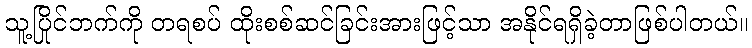
သူ့ပြိုင်ဘက်ကို တရစပ် ထိုးစစ်ဆင်ခြင်းအားဖြင့်သာ အနိုင်ရရှိခဲ့တာဖြစ်ပါတယ်။